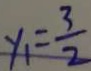
y _ { 1 } = \frac { 3 } { 2 }